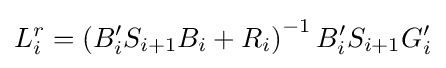
L_{i}^{r}=\left(B'_{i}S_{i+1}B_{i}+R_{i}\right)^{-1}B'_{i}S_{i+1}G'_{i}